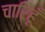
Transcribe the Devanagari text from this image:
चारिहूँ